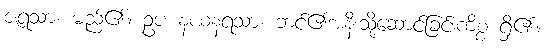
ဇရသာ၊ မည်၏။ ဥပ နယနရသာ၊ ဘင်၏အနီးသို့ဆောင်ခြင်းကိစ္စ ရှိ၏။